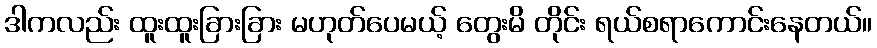
ဒါကလည်း ထူးထူးခြားခြား မဟုတ်ပေမယ့် တွေးမိ တိုင်း ရယ်စရာကောင်းနေတယ်။